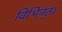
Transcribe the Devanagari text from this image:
विभिन्ंता